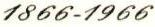
1866-1966